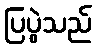
ပြပွဲသည်